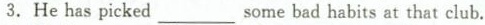
3.He has picked ____some bad habits at that club.